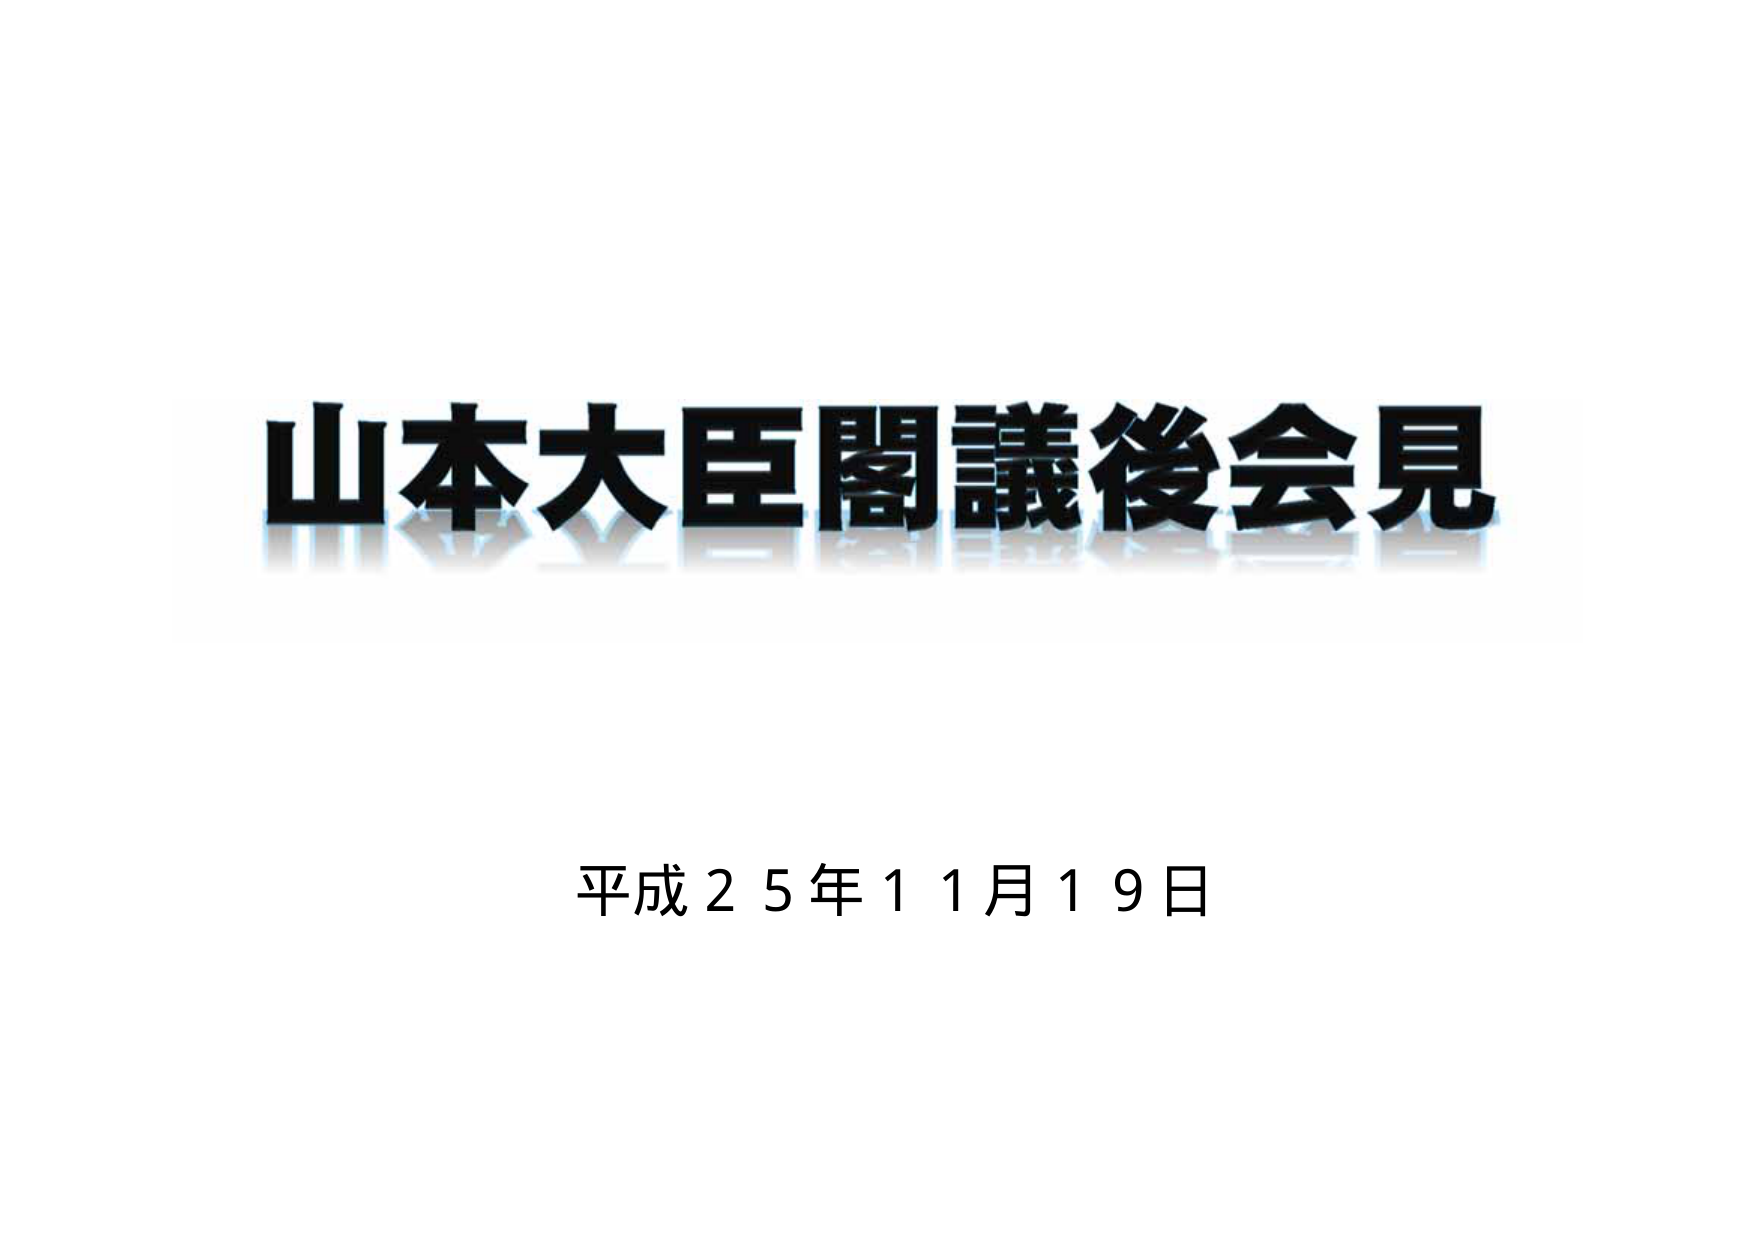
山本大臣閣議後会見
平成２５年１１月１９日